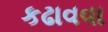
કઢાવવા